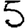
Digit: 5